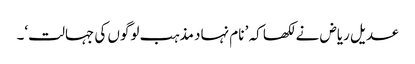
عدیل ریاض نے لکھا کہ ’ نام نہاد مذہب لوگوں کی جہالت‘۔